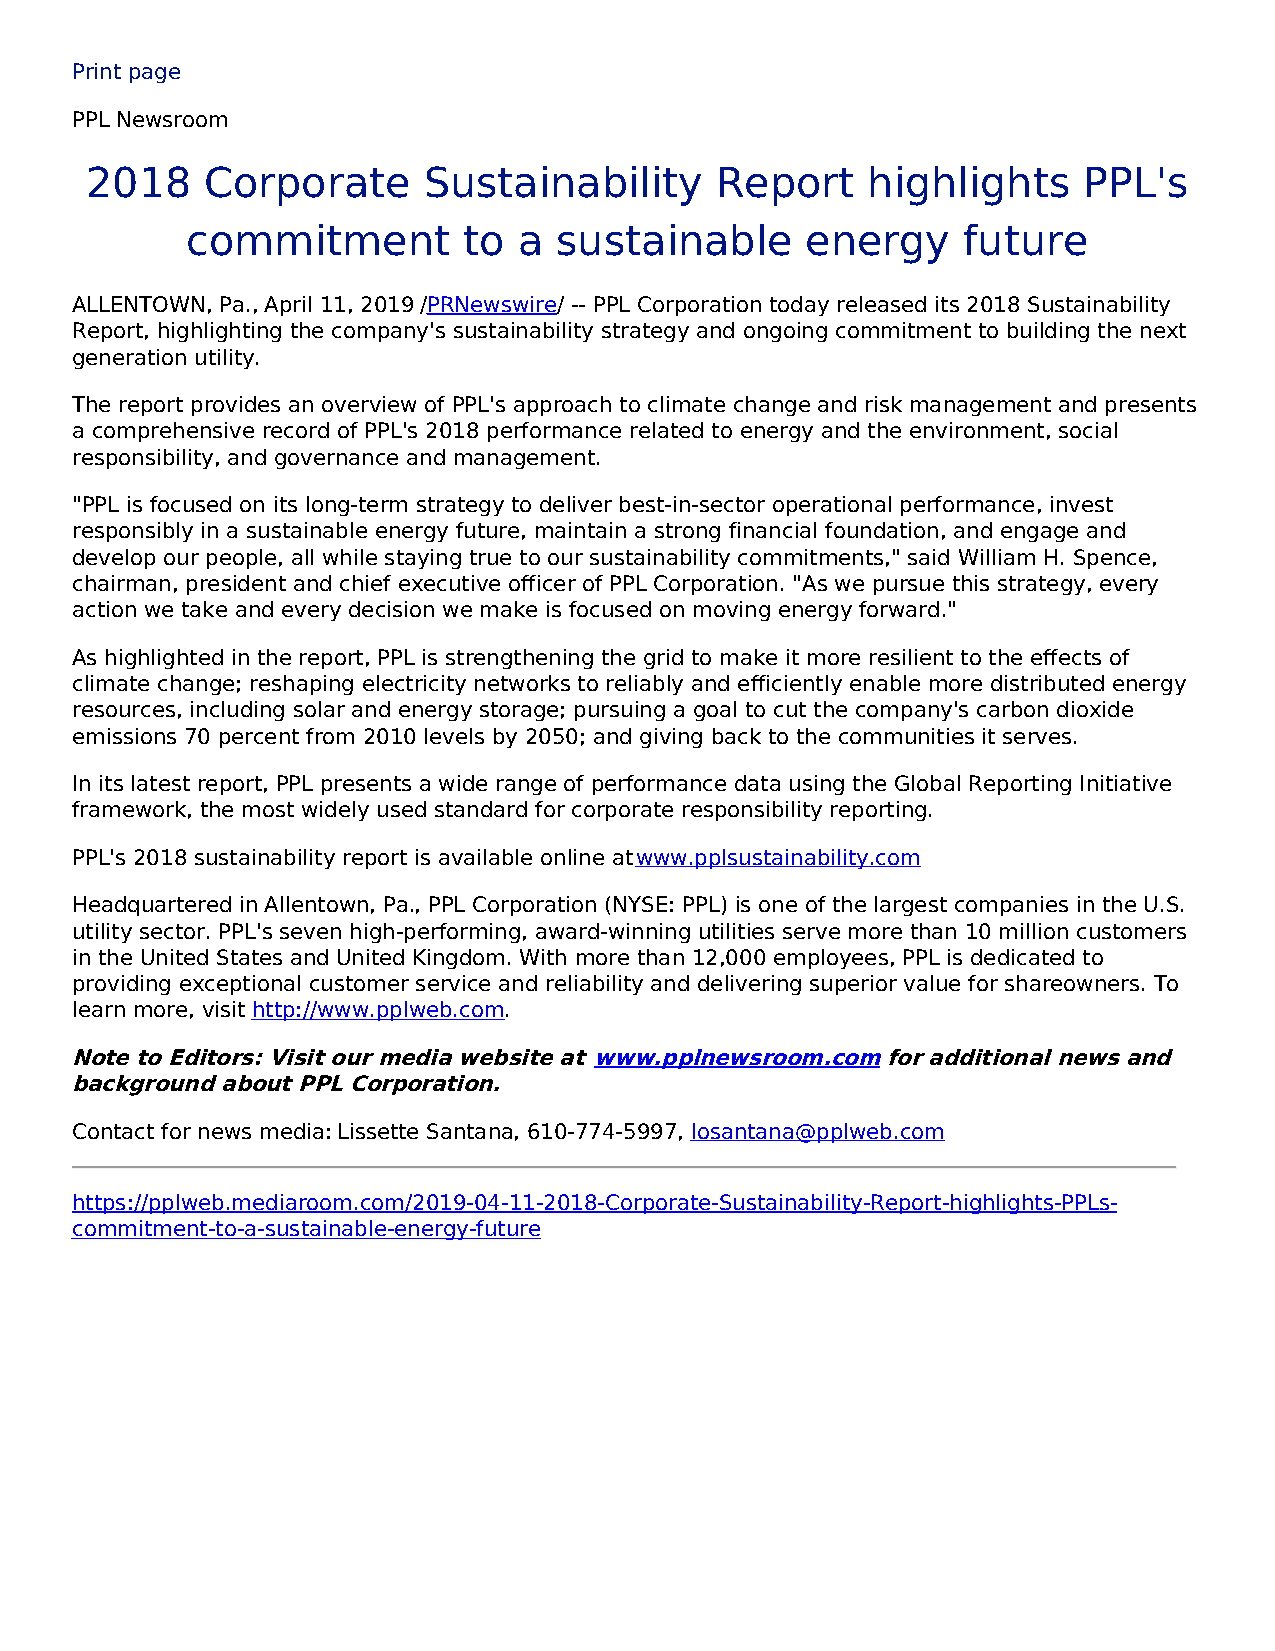
Print page
 PPL Newsroom
 2018    Corporate     Sustainability     Report    highlights     PPL's
 commitment         to a  sustainable     energy     future
 ALLENTOWN, Pa., April 11, 2019 /PRNewswire/ -- PPL Corporation today released its 2018 Sustainability
 Report, highlighting the company's sustainability strategy and ongoing commitment to building the next
 generation utility.
 The report provides an overview of PPL's approach to climate change and risk management and presents
 a comprehensive record of PPL's 2018 performance related to energy and the environment, social
 responsibility, and governance and management.
 "PPL is focused on its long-term strategy to deliver best-in-sector operational performance, invest
 responsibly in a sustainable energy future, maintain a strong financial foundation, and engage and
 develop our people, all while staying true to our sustainability commitments," said William H. Spence,
 chairman, president and chief executive officer of PPL Corporation. "As we pursue this strategy, every
 action we take and every decision we make is focused on moving energy forward."
 As highlighted in the report, PPL is strengthening the grid to make it more resilient to the effects of
 climate change; reshaping electricity networks to reliably and efficiently enable more distributed energy
 resources, including solar and energy storage; pursuing a goal to cut the company's carbon dioxide
 emissions 70 percent from 2010 levels by 2050; and giving back to the communities it serves.
 In its latest report, PPL presents a wide range of performance data using the Global Reporting Initiative
 framework, the most widely used standard for corporate responsibility reporting.
 PPL's 2018 sustainability report is available online at www.pplsustainability.com
 Headquartered in Allentown, Pa., PPL Corporation (NYSE: PPL) is one of the largest companies in the U.S.
 utility sector. PPL's seven high-performing, award-winning utilities serve more than 10 million customers
 in the United States and United Kingdom. With more than 12,000 employees, PPL is dedicated to
 providing exceptional customer service and reliability and delivering superior value for shareowners. To
 learn more, visit http://www.pplweb.com.
 Note to Editors: Visit our media website at www.pplnewsroom.com for additional news and
 background about PPL Corporation.
 Contact for news media: Lissette Santana, 610-774-5997, losantana@pplweb.com
 https://pplweb.mediaroom.com/2019-04-11-2018-Corporate-Sustainability-Report-highlights-PPLs-
 commitment-to-a-sustainable-energy-future